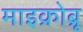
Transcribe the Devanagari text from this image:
माइक्रोब्रू